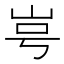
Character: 㞻